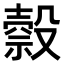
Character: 𣫇